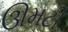
ઊમટી